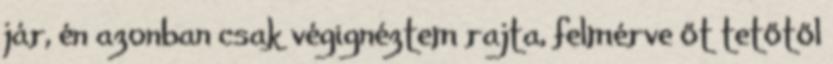
jár, én azonban csak végignéztem rajta, felmérve őt tetőtől